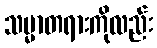
သမ္မာတရားကိုလည်း